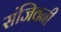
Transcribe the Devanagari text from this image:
संजिवनी